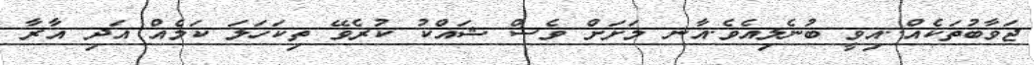
ޖަވާބުތަކެއް..އިވީ ބުނެލިއެވެ.އާނ މަށަށް ވެސް ޝައްކު ކުރެވޭ ތިކަހަލަ ކަމެއް އަދި އާރާ